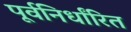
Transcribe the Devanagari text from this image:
पूर्वनिर्धांरित